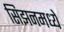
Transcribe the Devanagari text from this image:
सिझनमध्ये